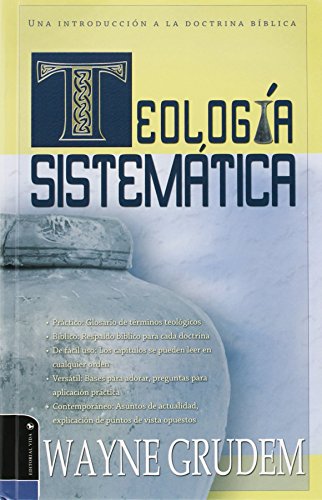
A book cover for Teologia Sistematica: Una Introduccion a La Doctrina Biblica (Spanish Edition); Wayne A. Grudem; Christian Books & Bibles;